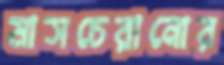
মাসচেরানোর